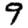
Digit: 9